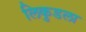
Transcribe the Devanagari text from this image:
लिकुडला